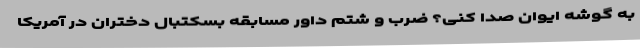
به گوشه ایوان صدا کنی؟ ضرب و شتم داور مسابقه بسکتبال دختران در آمریکا